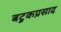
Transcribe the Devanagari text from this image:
बटुकप्रसाद